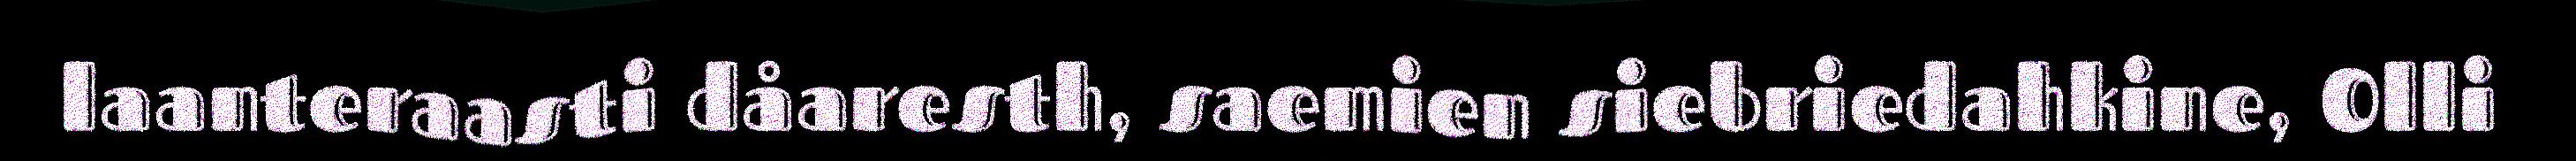
laanteraasti dåaresth, saemien siebriedahkine, Olli